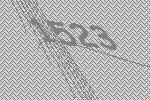
1523